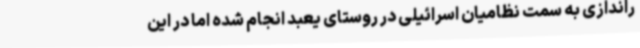
راندازی به سمت نظامیان اسرائیلی در روستای یعبد انجام شده اما در این